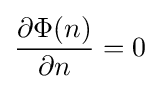
{\frac {\partial \Phi (n)}{\partial n}}=0